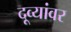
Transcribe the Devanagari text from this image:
दूव्यांवर